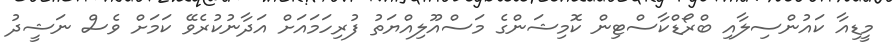
މީޑިއާ ކައުންސިލާއި ބްރޯޑްކާސްޓިން ކޮމިޝަންގެ މަސްއޫލިއްޔަތު ފުރިހަމައަށް އަދާނުކުރެވޭ ކަމަށް ވެސް ނަޝީދު